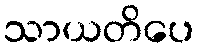
သာယတိပေ